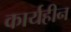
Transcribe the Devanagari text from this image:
कार्यहीन